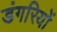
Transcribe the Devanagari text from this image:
डंगरियों